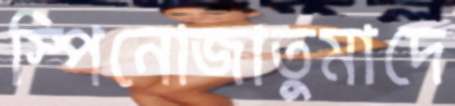
স্পিনোজাতুমাদে